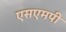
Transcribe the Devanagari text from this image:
एसएमपी